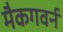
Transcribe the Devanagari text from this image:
मैकगवर्न